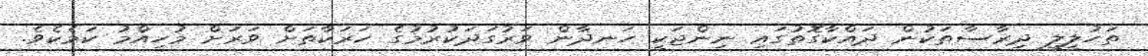
ތަހުލީލީ ދިރާސާތަކުން ދައްކާގޮތުގައި ނިންޖަކީ ހަނދާން ވަރުގަދަކުރުމުގެ ހަރަކާތަށް ވަރަށް މުހިއްމު ކަމެކެވެ.